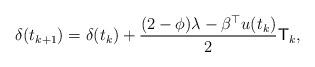
LaTeX: \begin{align*}\delta(t_{k+1})&=\delta(t_{k})+\frac{(2-\phi)\lambda-\beta^{\top}u(t_{k})}{2}\mathsf{T}_{k},\end{align*}